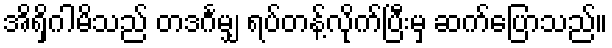
အိရှိဂါမိသည် တဒင်္ဂမျှ ရပ်တန့်လိုက်ပြီးမှ ဆက်ပြောသည်။